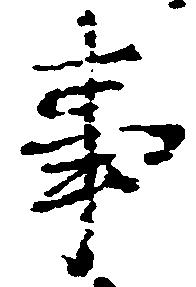
事